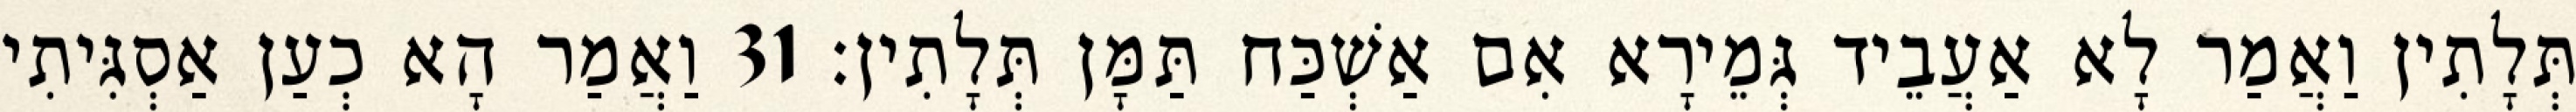
תְּלָתִין וַאֲמַר לָא אַעֲבֵיד גְּמֵירָא אִם אַשְׁכַּח תַּמָּן תְּלָתִין׃ 31 וַאֲמַר הָא כְעַן אַסְגִּיתִי